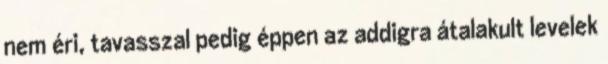
nem éri, tavasszal pedig éppen az addigra átalakult levelek